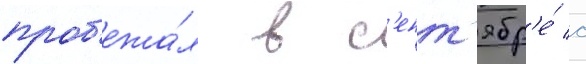
проб'ежа́л в с'ент'ябр'е́ с